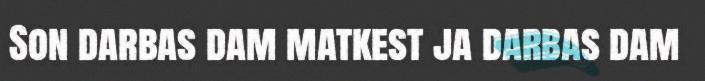
Son darbas dam matkest ja darbas dam